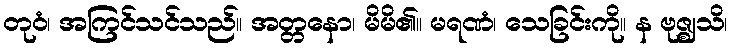
တုဝံ၊ အကြင်သင်သည်။ အတ္တနော၊ မိမိ၏။ မရဏံ၊ သေခြင်းကို။ န ဗုဇ္ဈသိ၊